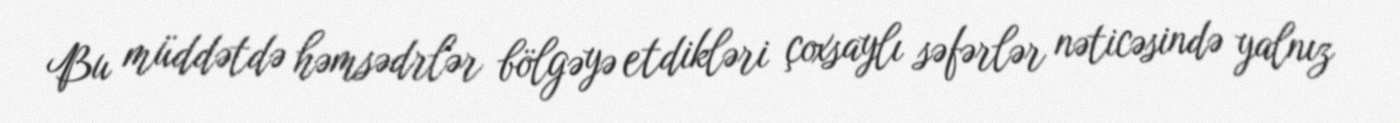
Bu müddətdə həmsədrlər bölgəyə etdikləri çoxsaylı səfərlər nəticəsində yalnız